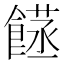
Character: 𮩈